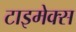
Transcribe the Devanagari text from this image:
टाइमेक्स